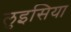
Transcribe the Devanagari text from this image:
लुइसिया